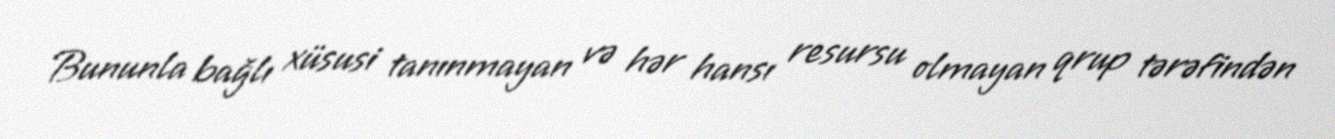
Bununla bağlı xüsusi tanınmayan və hər hansı resursu olmayan qrup tərəfindən